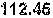
112.45